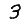
Digit: 3